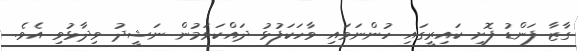
ގާޒާ ފަންޑު ފޮށި ކައިރީގައި ހުންނަވައި ވާހަކަފުޅު ދައްކަވަމުން ނަޝީދު ވިދާޅުވި އެވެ.